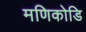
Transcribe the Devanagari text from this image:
मणिकोडि